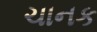
ચાનક